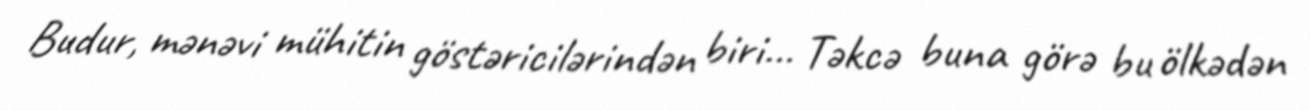
Budur, mənəvi mühitin göstəricilərindən biri... Təkcə buna görə bu ölkədən